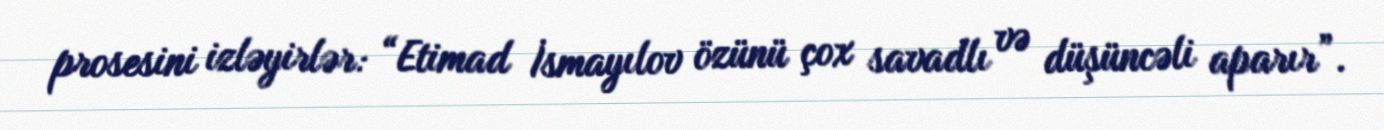
prosesini izləyirlər: “Etimad İsmayılov özünü çox savadlı və düşüncəli aparır”.